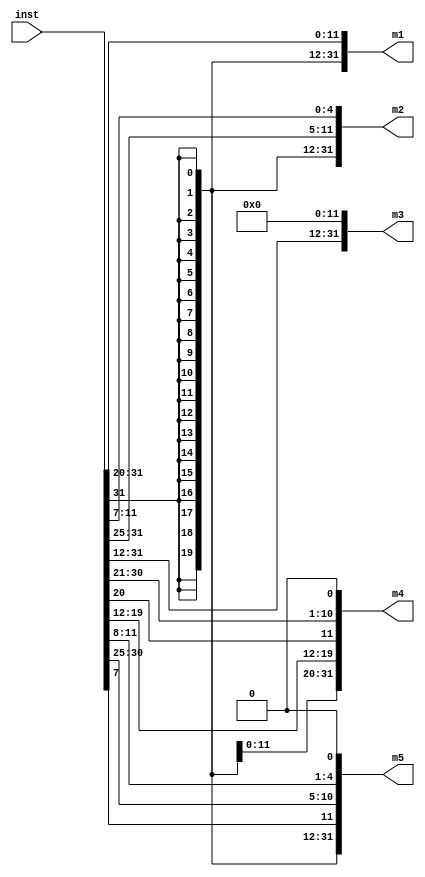
`timescale 1ns / 1ns

//sign extension, shift and shuffle logic

module sign(m1,m2,m3,m4,m5,inst);
output reg [31:0] m1,m2,m3,m4,m5;
input [31:0] inst;

always@(*)
begin

m1= {{21{inst[31]}}, inst[30:20]};
m2= {{21{inst[31]}}, inst[30:25], inst[11:8], inst[7]};
m3= {inst[31:12], 12'b0};
m4= {{12{inst[31]}}, inst[19:12], inst[20], inst[30:21], 1'b0};
m5= {{20{inst[31]}}, inst[7], inst[30:25], inst[11:8], 1'b0};
end
endmodule